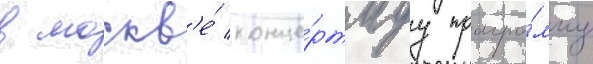
в москв'е́ конце́ртнуу програ́мму